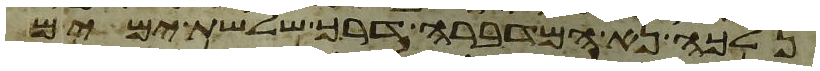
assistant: נלכה נא המדברה דרך שלשת ימים